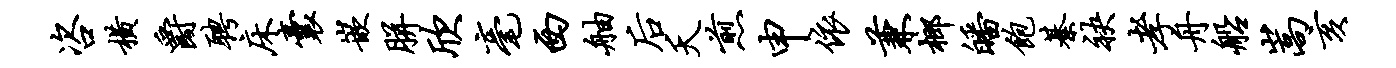
咨横爵聘床囊嵌胼欣毫西舳後夭煎申依兼榔皤饱綦袂孝舟船嵩亥